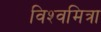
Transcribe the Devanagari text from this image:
विश्‍वमित्रा